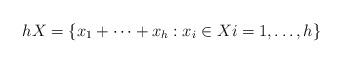
LaTeX: \begin{align*}hX = \{x_1 + \cdots + x_h: x_i \in X i=1,\ldots, h\}\end{align*}